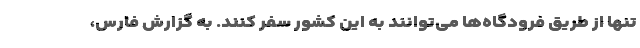
تنها از طریق فرودگاه‌ها می‌توانند به این کشور سفر کنند. به گزارش فارس،